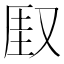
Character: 𫨾